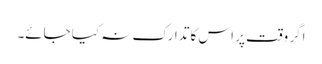
اگر وقت پر اس کا تدارک نہ کیا جائے۔